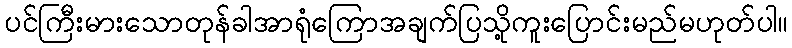
ပင်ကြီးမားသောတုန်ခါအာရုံကြောအချက်ပြသို့ကူးပြောင်းမည်မဟုတ်ပါ။